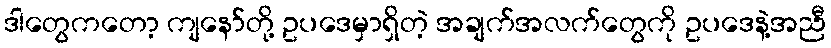
ဒါတွေကတော့ ကျနော်တို့ ဥပဒေမှာရှိတဲ့ အချက်အလက်တွေကို ဥပဒေနဲ့အညီ